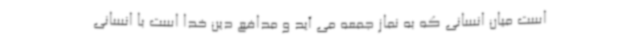
است میان انسانی که به نماز جمعه می آید و مدافع دین خدا است با انسانی